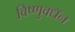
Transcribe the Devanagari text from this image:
विष्णुवधॅन